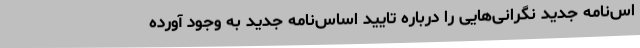
اس‌نامه جدید نگرانی‌هایی را درباره تایید اساس‌نامه جدید به وجود آورده